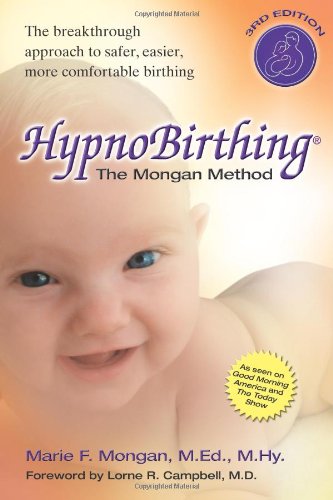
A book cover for HypnoBirthing: The Mongan Method: A natural approach to a safe, easier, more comfortable birthing (3rd Edition); Marie F. Mongan; Parenting & Relationships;